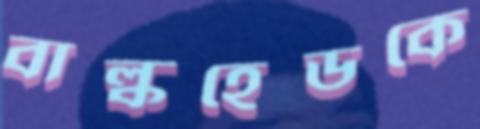
বাল্কহেডকে